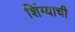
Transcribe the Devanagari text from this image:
शिंग्याची